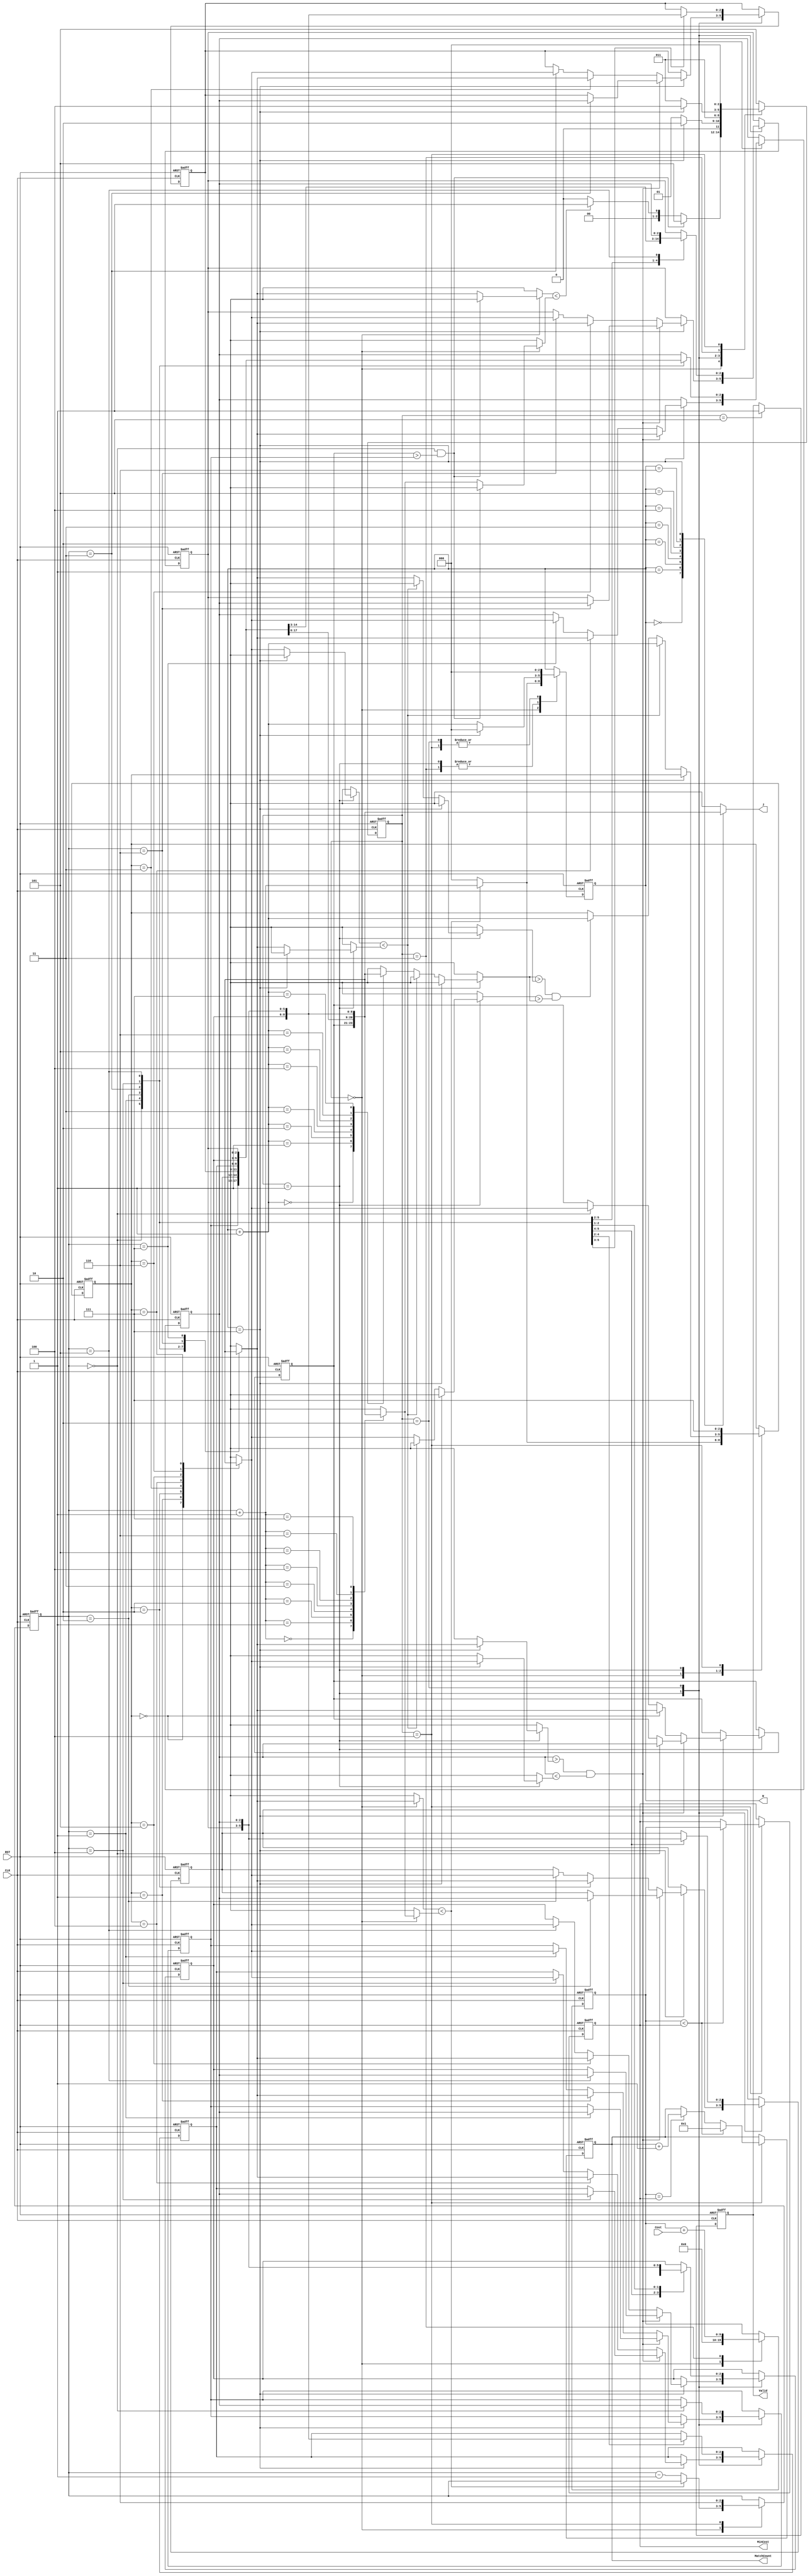
module JAM (
    input CLK,
    input RST,
    output reg [2:0] W,
    output reg [2:0] J,
    input [6:0] Cost,
    output reg [3:0] MatchCount,
    output reg [9:0] MinCost,
    output reg Valid
);

reg [2:0] cs,ns;
reg [2:0] arr[0:7];
reg [2:0] counter;
reg [9:0] Cost_sum;
reg [2:0] change_pt, min_pt;
integer i;

parameter Find_pt  = 3'd0,
          Find_min = 3'd1,
          Change   = 3'd2,
          Find     = 3'd3,
          Cal      = 3'd4,
          Output   = 3'd5;

reg [2:0] x0,x1,x2,x3,x4,x5,x6,x7;
always @(*) begin
    x0 = arr[0]; x1 = arr[1]; x2 = arr[2]; x3 = arr[3]; x4 = arr[4]; x5 = arr[5]; x6 = arr[6]; x7 = arr[7];
end

reg [31:0] total;

always @(*) begin
    W = counter;
    J = arr[counter];
end

always @(posedge CLK or posedge RST) begin
    if(RST) begin
        cs <= Find_pt;
        for(i=0; i<=7;i=i+1)
            arr[i] <= i;
        Valid <= 1'd0;
        counter <= 3'd0;
        MatchCount <= 4'd0;
        MinCost <= 10'd1023;
        Cost_sum <= 10'd0;
        change_pt <= 3'd6;
        min_pt <= 3'd6;
        total <= 32'd0;
    end 
    else begin
        cs <= ns;
        case (cs)
            Find_pt: begin
                if(arr[change_pt] < arr[change_pt + 3'd1]) begin   // 
                    change_pt <= change_pt;
                    counter <= change_pt + 3'd1;
                    min_pt <= change_pt + 3'd1;
                end
                else begin
                    change_pt <= change_pt - 3'd1;
                    counter <= 3'd0;
                    min_pt <= 3'd0;
                end
                Cost_sum <= 10'd0;
            end
            Find_min: begin
                counter <= (counter == 3'd7) ? 3'd0 : counter + 3'd1;
                if(counter == 3'd7) begin   // 
                    if(arr[7] > arr[change_pt] && arr[7] < arr[min_pt]) begin
                        arr[change_pt] <= arr[7];
                        arr[7] <= arr[change_pt];
                    end
                    else begin
                        arr[change_pt] <= arr[min_pt];
                        arr[min_pt] <= arr[change_pt];
                    end
                end
                else begin   // 
                    if(arr[min_pt] < arr[change_pt])
                        min_pt <= counter + 3'd1;
                    else if(arr[counter + 3'd1] > arr[change_pt] && arr[min_pt] > arr[counter + 3'd1])
                        min_pt <= counter + 3'd1;
                end
            end
            Change: begin
                //for(i=1; i<=7-change_pt; i=i+1)
                //    arr[8-i] <= arr[change_pt+i];
                case (change_pt)
                    0: begin
                        for(i=1; i<=7; i=i+1)
                            arr[8-i] <= arr[0+i];
                    end
                    1: begin
                        for(i=1; i<=6; i=i+1)
                            arr[8-i] <= arr[1+i];
                    end
                    2: begin
                        for(i=1; i<=5; i=i+1)
                            arr[8-i] <= arr[2+i];
                    end
                    3: begin
                        for(i=1; i<=4; i=i+1)
                            arr[8-i] <= arr[3+i];
                    end
                    4: begin
                        for(i=1; i<=3; i=i+1)
                            arr[8-i] <= arr[4+i];
                    end
                    5: begin
                        for(i=1; i<=2; i=i+1)
                            arr[8-i] <= arr[5+i];
                    end
                endcase
                counter <= 3'd0;
                total <= total + 32'd1; 
            end
            Find: begin
                counter <= (counter == 3'd7) ? 3'd0 : counter + 3'd1;
                Cost_sum <= Cost_sum + Cost;
            end
            Cal: begin
                if(Cost_sum < MinCost) begin
                    MinCost <= Cost_sum;
                    MatchCount <= 4'd1;
                end
                else if(Cost_sum == MinCost)
                    MatchCount <= MatchCount + 4'd1;
                counter <= 3'd0;
                change_pt <= 3'd6;
                min_pt <= 3'd7;
            end
            Output: begin
                Valid <= 1'd1;
            end
        endcase
    end   
end

always @(*) begin
    case (cs)
        Find_pt: begin
            if(change_pt == 3'd0 && (arr[0] > arr[1]))
                ns = Output;
            else if(arr[change_pt] < arr[change_pt + 3'd1])
                ns = Find_min;
            else
                ns = Find_pt;
        end
        Find_min: ns = (counter == 3'd7) ? Change : Find_min;
        Change: ns = Find;
        Find: ns = (counter == 3'd7) ? Cal : Find;
        Cal: ns = Find_pt;
        default: ns = Output;
    endcase
end

endmodule